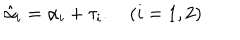
LaTeX: \hat { \alpha } _ { i } = \alpha _ { i } + \tau _ { i } . \quad ( i = 1 , 2 )